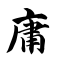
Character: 庸